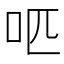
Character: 𠯔